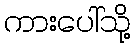
ကားပေါ်သို့